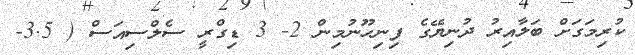
ކުރިމަގަށް ބަލާއިރު ދުނިޔޭގެ ފިނިހޫނުމިން 2- 3 ޑިގްރީ ސެލްސިއަސް ( 3.5-